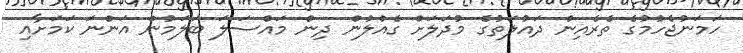
ހަމަނުޖެހުމުގެ ތެރެއިން ދައުލަތުގެ މުދަލަށް ގެއްލުން ދިން މައްސަލަ ބަލަމުން އަންނަ ކަމަށާއި